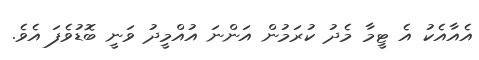
އެއާއެކު އެ ޓީމާ މެދު ކުރަމުން އަންނަ އުއްމީދު ވަނީ ބޮޑުވެފަ އެވެ.